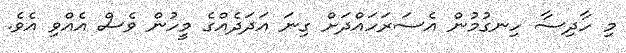
މި ހާދިސާ ހިނގުމުން އެސަރަހައްދަށް ގިނަ އަދަދެއްގެ މީހުން ވެސް އެއްވި އެވެ.